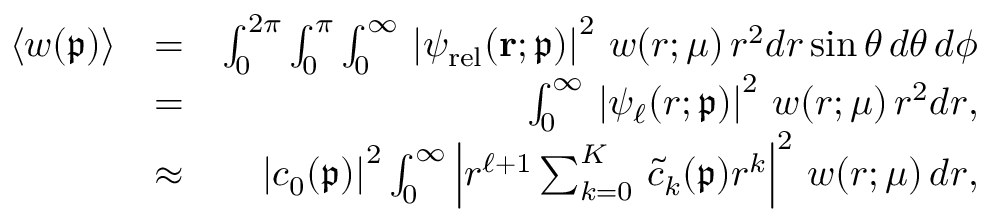
\begin{array} { r l r } { \langle \mathpalette { w } ( \mathfrak { p } ) \rangle } & { = } & { \int _ { 0 } ^ { 2 \pi } \int _ { 0 } ^ { \pi } \int _ { 0 } ^ { \infty } \, \left| \psi _ { \mathrm { r e l } } ( \mathbf { r } ; \mathfrak { p } ) \right| ^ { 2 } \, \mathpalette { w } ( r ; \mu ) \, r ^ { 2 } d r \sin \theta \, d \theta \, d \phi } \\ & { = } & { \int _ { 0 } ^ { \infty } \, \left| \psi _ { \ell } ( r ; \mathfrak { p } ) \right| ^ { 2 } \, \mathpalette { w } ( r ; \mu ) \, r ^ { 2 } d r , } \\ & { \approx } & { \left| c _ { 0 } ( \mathfrak { p } ) \right| ^ { 2 } \int _ { 0 } ^ { \infty } \left| r ^ { \ell + 1 } \sum _ { k = 0 } ^ { K } \, \widetilde { c } _ { k } ( \mathfrak { p } ) r ^ { k } \right| ^ { 2 } \, \mathpalette { w } ( r ; \mu ) \, d r , } \end{array}